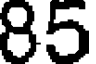
85